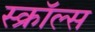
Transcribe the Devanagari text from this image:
स्क्रॉल्स